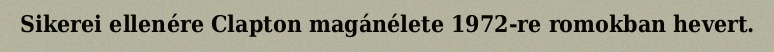
Sikerei ellenére Clapton magánélete 1972-re romokban hevert.